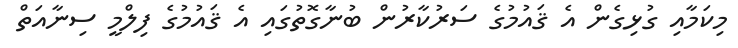
މިކަމާއި ގުޅިގެން އެ ޤައުމުގެ ސަރުކާރުން ބުނާގޮތުގައި އެ ޤައުމުގެ ފިލްމީ ސިނާއަތް